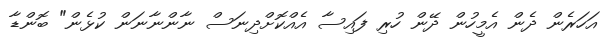
އަހަރެން ދެން އެމީހުން ދޭން ހުރި ފައިސާ އެއްކޮށްދިނަސް ނާންނާނަން ކުޅެން" ބޮންޑާ